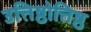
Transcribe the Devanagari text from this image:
उत्तिष्ठोत्तिष्ठ